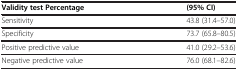
| Validity test Percentage | (95% CI) |
 | --- | --- |
 | Sensitivity | 43.8 (31.4–57.0) |
 | Specificity | 73.7 (65.8–80.5) |
 | Positive predictive value | 41.0 (29.2–53.6) |
 | Negative predictive value | 76.0 (68.1–82.6) |